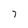
Character: 7